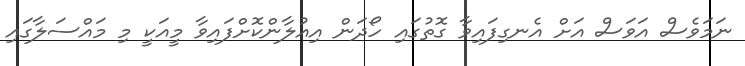
ނަމަވެސް އަވަސް އަށް އެނގިފައިވާ ގޮތުގައި ހޯދަން އިއުލާންކޮށްފައިވާ މީއަކީ މި މައްސަލާގައި